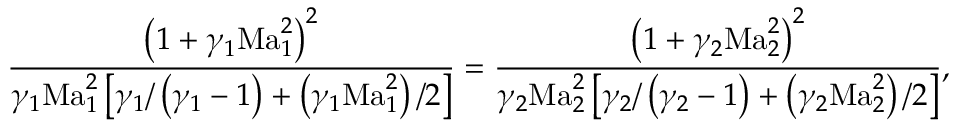
\frac { \left( 1 + \gamma _ { 1 } \mathrm { M a } _ { 1 } ^ { 2 } \right) ^ { 2 } } { \gamma _ { 1 } \mathrm { M a } _ { 1 } ^ { 2 } \left[ \gamma _ { 1 } / \left( \gamma _ { 1 } - 1 \right) + \left( \gamma _ { 1 } \mathrm { M a } _ { 1 } ^ { 2 } \right) / 2 \right] } = \frac { \left( 1 + \gamma _ { 2 } \mathrm { M a } _ { 2 } ^ { 2 } \right) ^ { 2 } } { \gamma _ { 2 } \mathrm { M a } _ { 2 } ^ { 2 } \left[ \gamma _ { 2 } / \left( \gamma _ { 2 } - 1 \right) + \left( \gamma _ { 2 } \mathrm { M a } _ { 2 } ^ { 2 } \right) / 2 \right] } ,